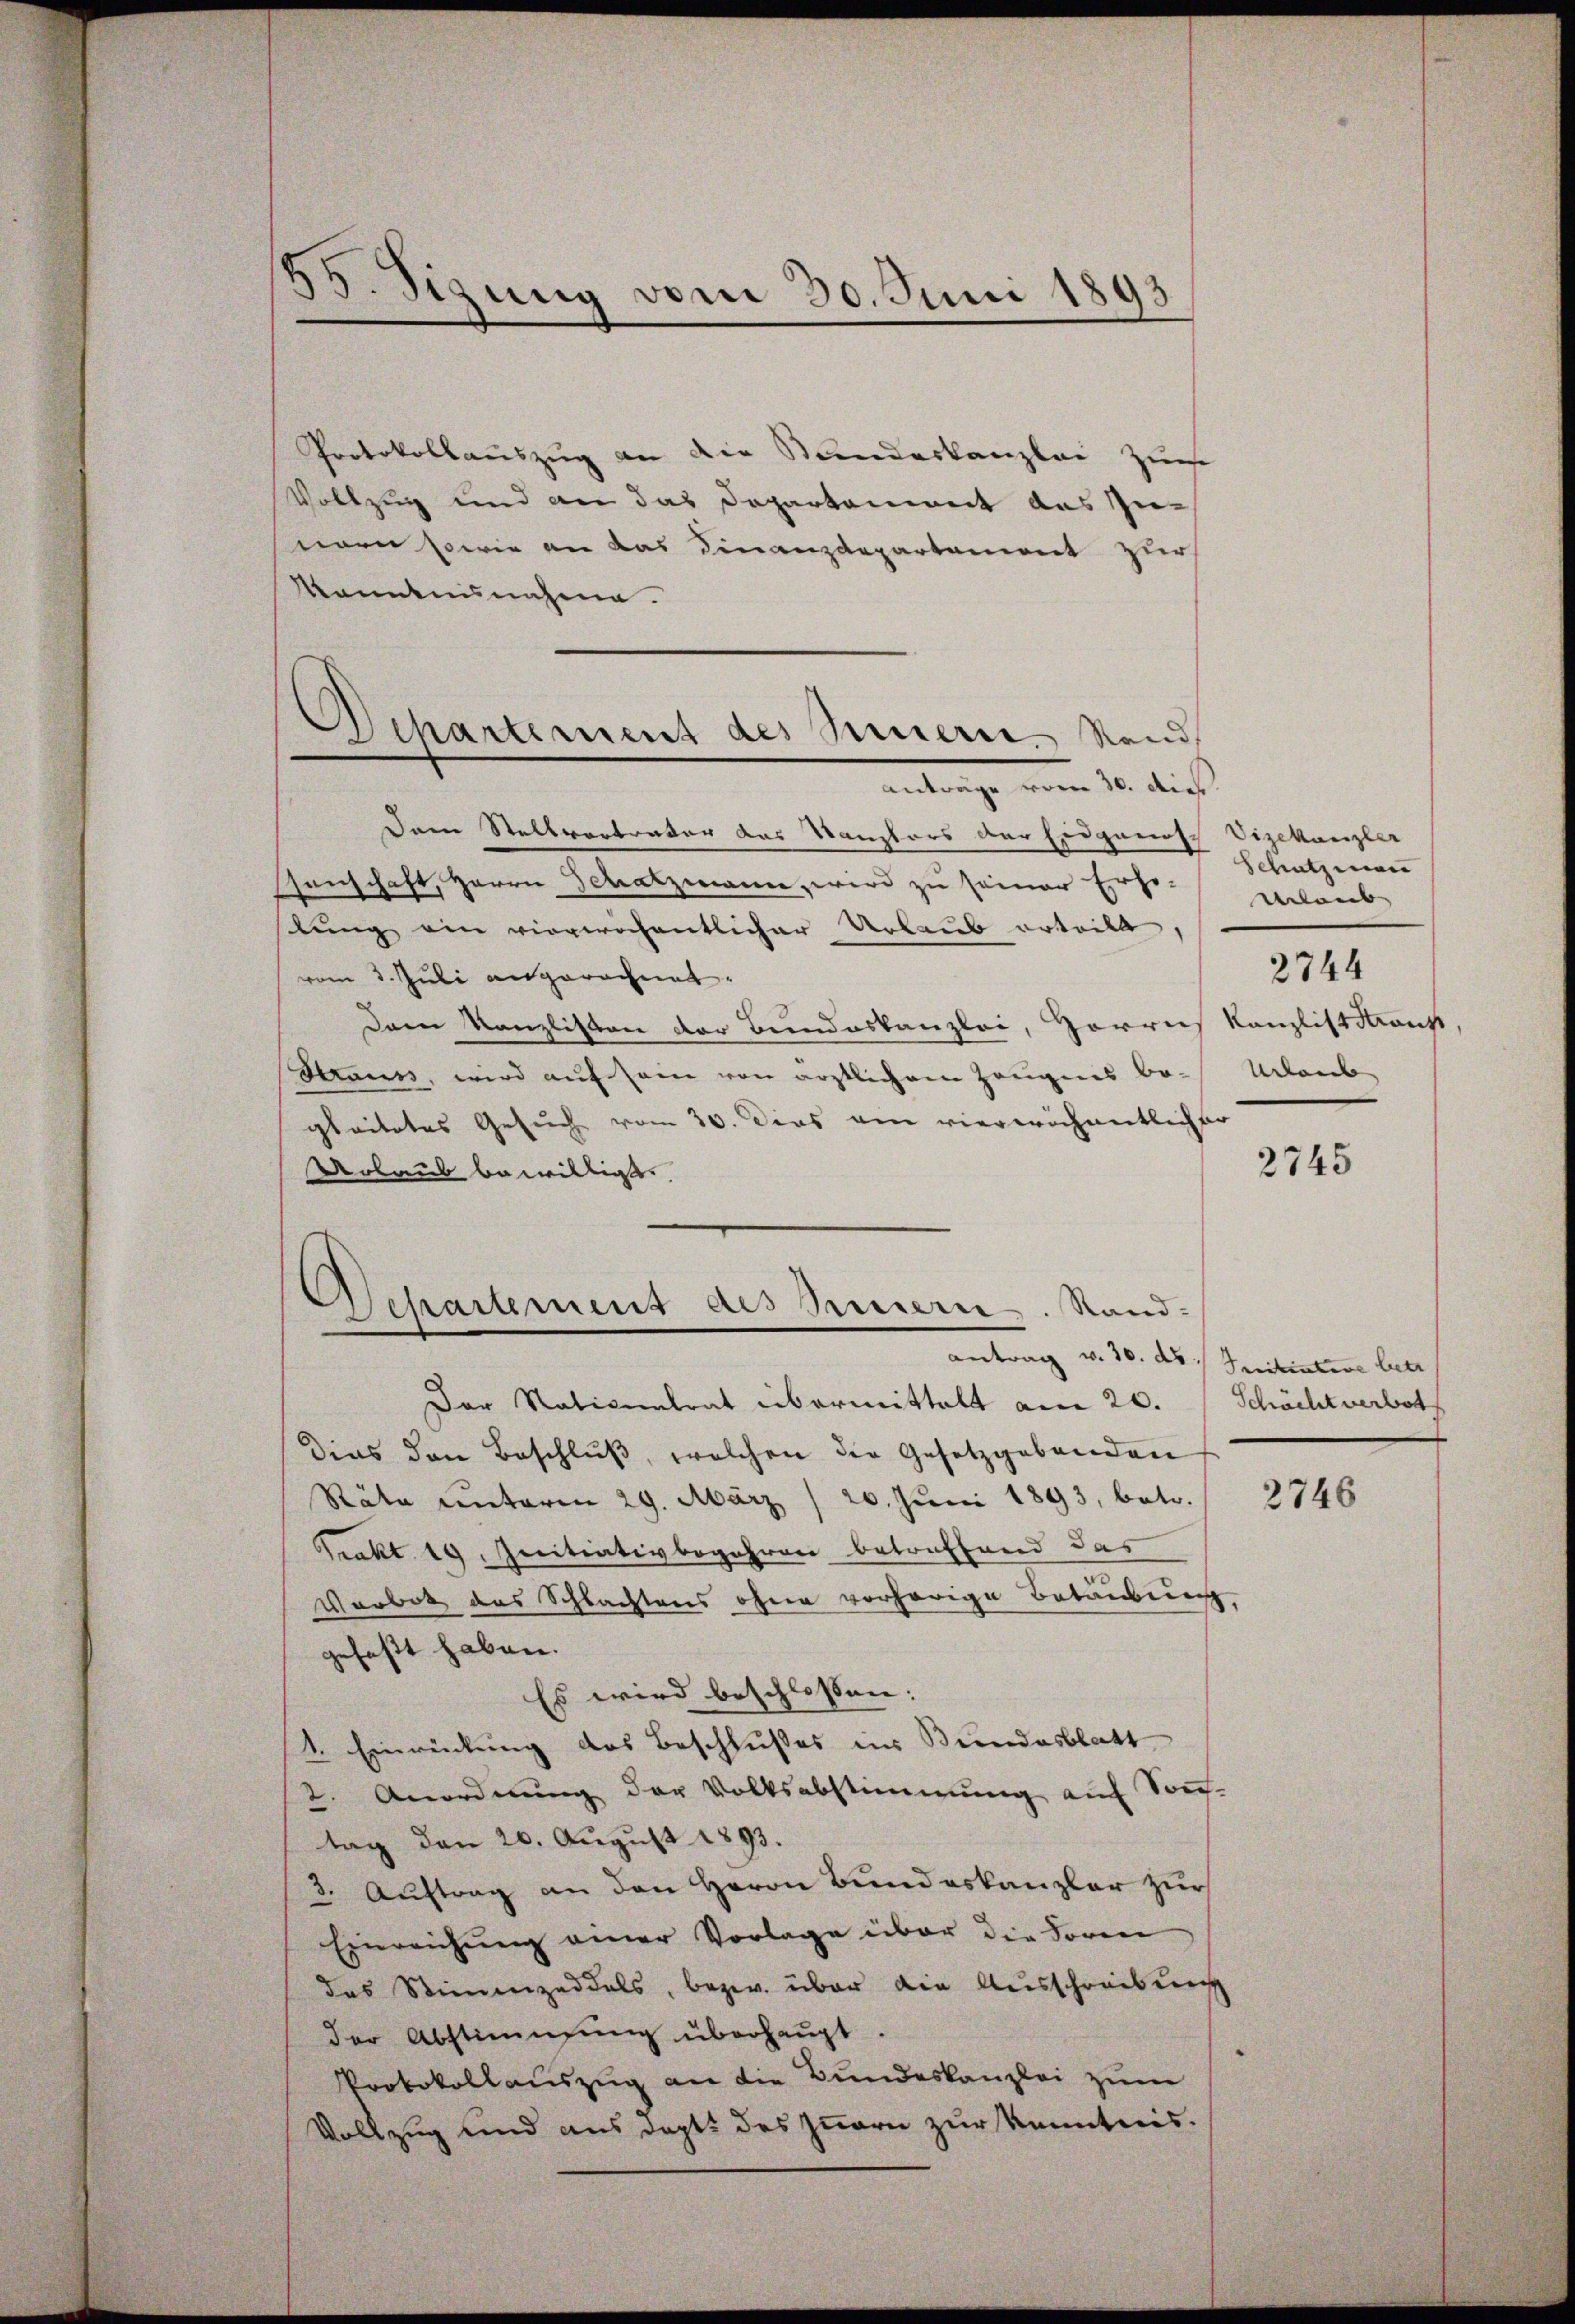
35. Sizung vom 30. Juni 1893

Separtement des Serie Stand
anträge vom 30. dies

Protokollauszug an die Stundeskanzlei zum
Vollzug und an das Departement aus Zunern sowie an das Finanzdepartament zur
kanntnisnahme.
Dann Stellvortratur aus Kanzlers der Eidganisch Vizekanzler
senschaft, Herrn Schatzmann, wird zu seiner Erho-
stung ein vergerichentlicher Urlaub erteill
vom 3. Juli angerechnet.
Dem Kanzlisten der Bundeskanzlei, Gorreis Kanzlist Kranch
Strauss, wird auf sein von ärztlichem Zeugnis bo-Urlaub
gleitetes Gesuch vom 30. Dies am viereichentlicher
Urlaub bewilligt.
.
Departement des Besserer Stand
antrag v. 30. ds Initiative betr
Der Nationalrat übermittalt am 20.
Schächt verbot
dies den Beschlŭβ, welchen der Gesetzgebenden
Räte unterm 29. März / 20. Juni 1893, betr. 2746
Prakt. 19. Initiativbegehren betreffend das
Verbot das Schlachtens ohne vorherige Betäubung,
gefaßt haben.
Es wird beschlossen: |
1. Einrückung des Beschlußes ins Bundesblatt
2. Anordnung der Volksabstimmung auf Sonntag den 20. August 1893.
3. Auftrag an den Herrn Bundeskanzler zur
Einreichung einer Vorlage über die Sore
das Stimmzeddels, bezw. über die Ausschreibung
der Abstimmung überhaupt.
Protokollauszug an die Bundeskanzlei zum
Vollzug und aus dept des Innern zur Kenntnis.

Schatzmann
Mlaub
2744

2745